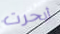
أبحرت